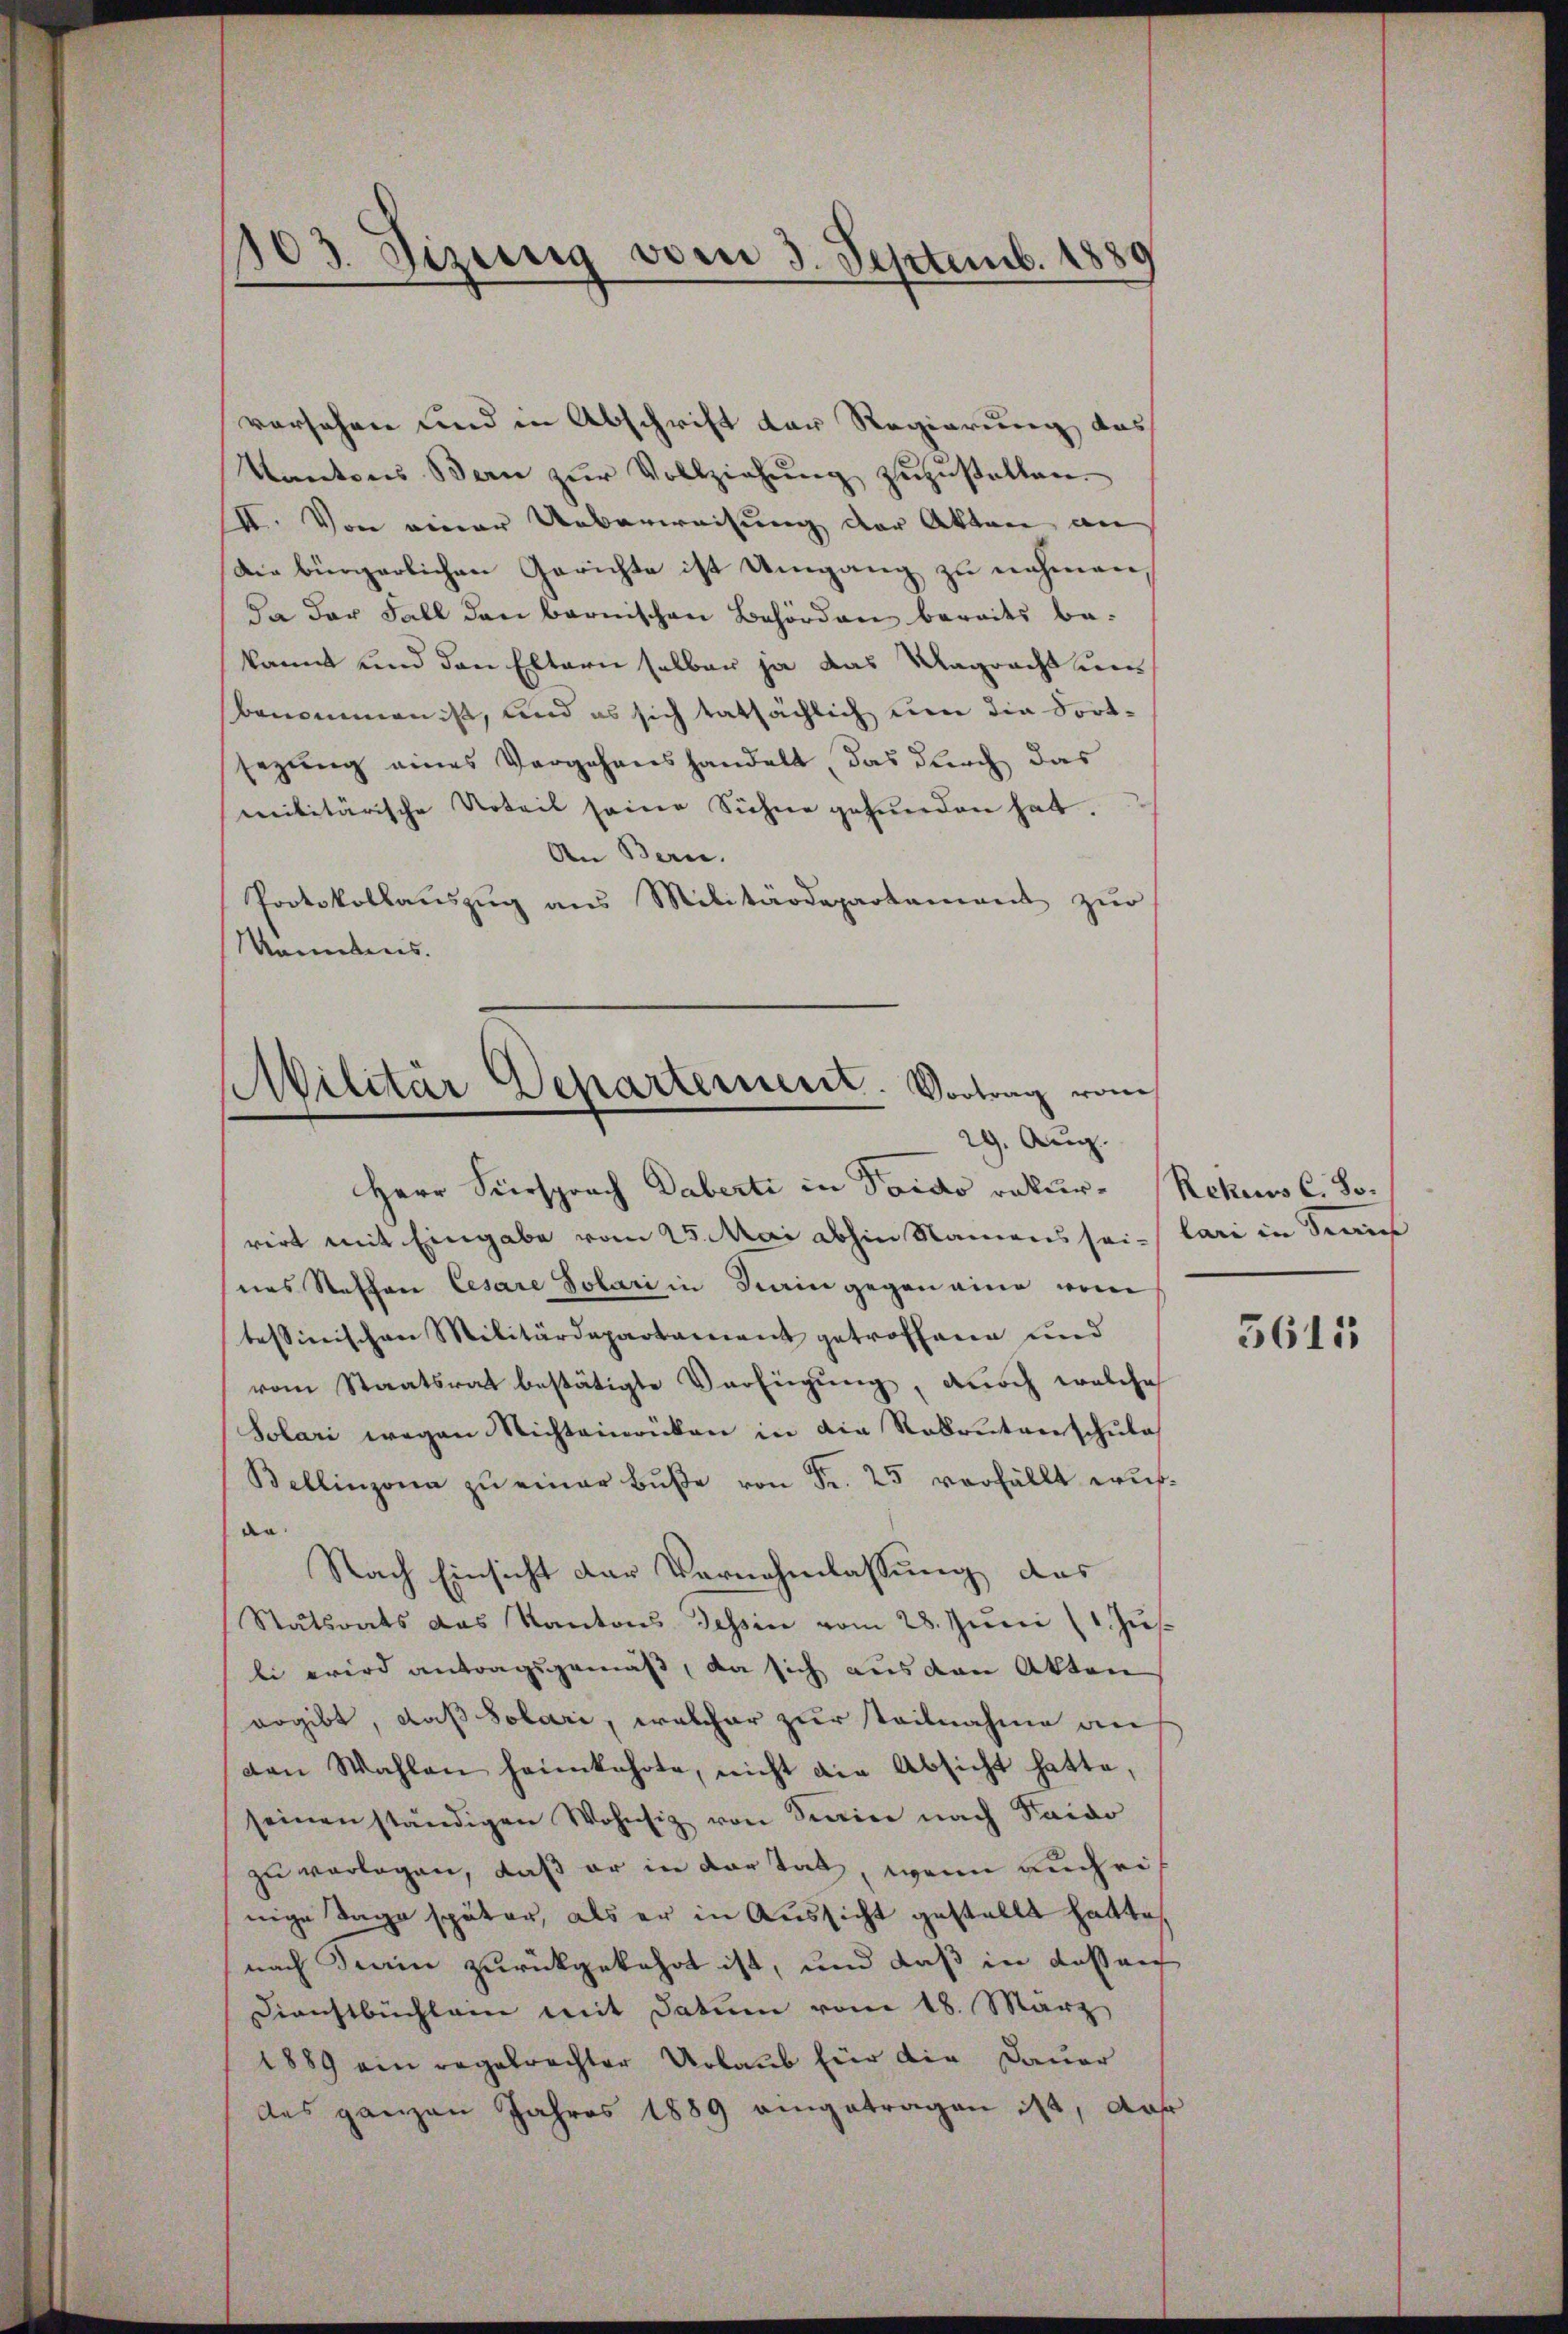
vorsehen und in Abschrift der Regierung das
Kantons Bern zŭr Vollziehŭng zŭzŭstallen.
II. Von einer Ueberweisung der Akten an
Die bürgerlichen Gerichte ist Umgang zu nehmen,
Da der Fall den bernischen Behörden bereits be-
kannt und den Eltern selber ja das Magrecht um
Benommen ist, und es sich tatsächlich um die dortsezung eines Vergehenshandelt, das durch das
militärische Urteil seine Sichne gefunden hat.
An Bern.
Protokollauszug aus Militärdepartement zur
Manebens.

103. Sizung vom 3. Septemb. 18
e

Militär Departement. Vortrag vom
29. Aug.

Herr Fürsprach Daberti in Taido rekurrirt mit Eingabe vom 25. Mai abhin Namens sei- lari in diens
nes Steffan Cesare Solari in Hain gegen eine vom
tessinischen Militärdepartament getroffene und
vom Staatsrat bestätigte Verfügung, durch welche
Solari wegen Nichteinrücken in die Rekrutverschula
Bellinzona zŭ einer Bŭβe von Fr. 25 verfällt wurde
Nach Einsicht der Vornehmlassung das
Stätsrats das Kantons Tessin vom 28. Juni (1. Jus
li wird antragsgemäß, da sich aus den Akten
ergibt, daß Solari, welcher zur Teilnahme an
den Wahlen heimkehrte, nicht die Absicht hatte,
seinen ständigen Wohnsiz von Seine nach Taido
zu verlagen, daß er in dortat, wenn auch einige Tage später, als er in Aussicht gestellt hatte,
nach Sein zurückgekehrt ist, und daß in Kassanc
Dienstbüchlein mit Datum vom 18. März
1889 ein regelrechter Urlaub für die Dauer
das ganzen Jahres 1889 eingetragen ist, daß

Rekes C. So-

5611